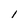
Character: l